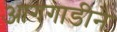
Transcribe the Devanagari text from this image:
आगगाडीने